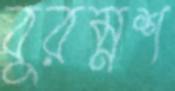
বুরম্নশ